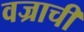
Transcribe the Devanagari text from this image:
वज्राची